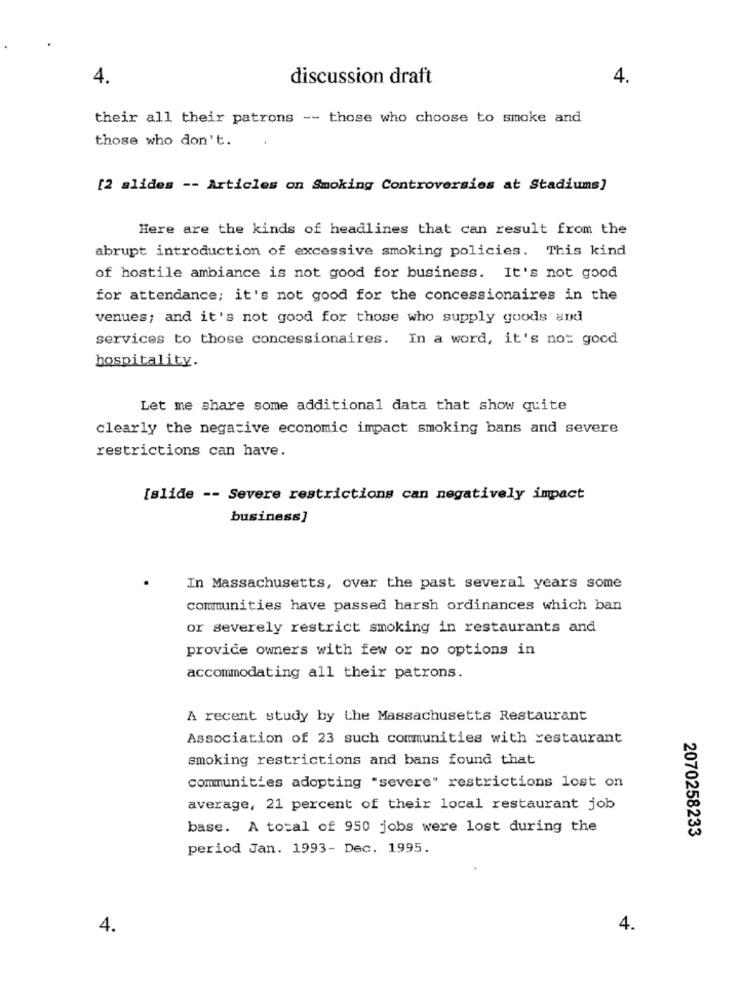
4.
discussion draft
4.
their all their patrons -- those who choose to smoke and
those who don't.
[2 slides -- Articles on Smoking Controversies at Stadiums]
Here are the kinds of headlines that can result from the
abrupt introduction of excessive smoking policies. This kind
of hostile ambiance is not good for business. It's not good
for attendance; it's not good for the concessionaires in the
venues; and it's not good for those who supply goods and
services to those concessionaires. In a word, it's not good
hospitality.
Let me share some additional data that show quite
clearly the negative economic impact smoking bans and severe
restrictions can have.
[slide -- Severe restrictions can negatively impact
business]
In Massachusetts, over the past several years some
communities have passed harsh ordinances which ban
or severely restrict smoking in restaurants and
provide owners with few or no options in
accommodating all their patrons.
A recent study by the Massachusetts Restaurant
Association of 23 such communities with restaurant
smoking restrictions and bans found that
communities adopting "severe" restrictions lost on
average, 21 percent of their local restaurant job
base. A total of 950 jobs were lost during the
2070258233
period Jan. 1993- Dec. 1995.
4.
4.